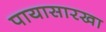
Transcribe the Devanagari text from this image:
पायासारखा